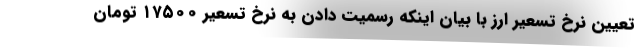
تعیین نرخ تسعیر ارز با بیان اینکه رسمیت دادن به نرخ تسعیر ۱۷۵۰۰ تومان